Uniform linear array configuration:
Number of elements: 4
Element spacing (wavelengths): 0.75
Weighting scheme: hamming
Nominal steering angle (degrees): -30
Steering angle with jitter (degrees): -29.18
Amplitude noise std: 0.05
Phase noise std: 0.05

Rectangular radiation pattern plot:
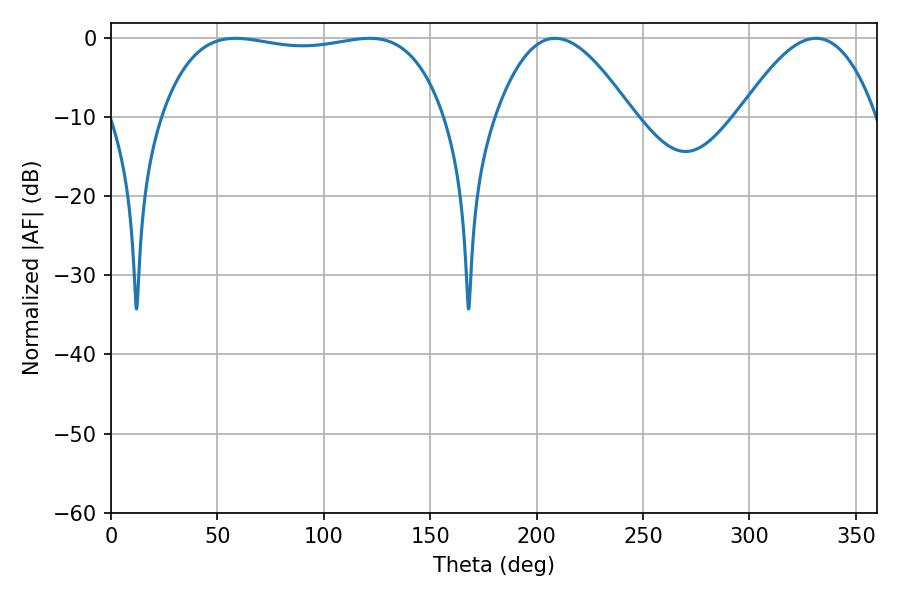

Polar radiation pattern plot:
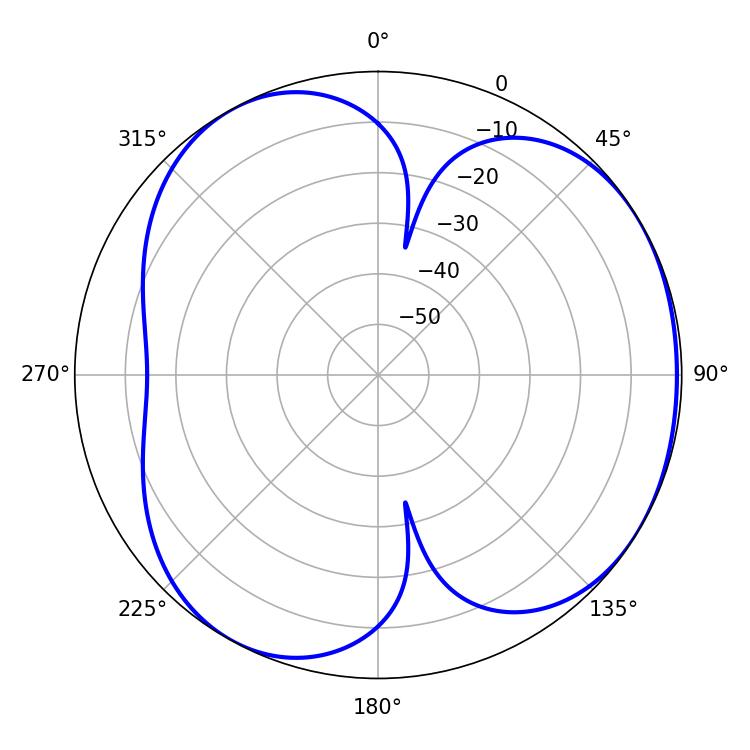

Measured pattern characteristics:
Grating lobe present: TRUE
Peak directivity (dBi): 4.071
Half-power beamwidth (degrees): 106.56
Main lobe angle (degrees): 58.5